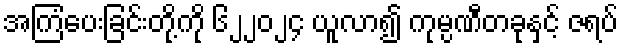
အကြံပေးခြင်းတို့ကို ၆၂၂၀၂၄ ယူလာ၍ ကုမ္ပဏီတခုနှင့် ဇရပ်